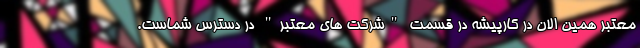
معتبر همین الان در کارپیشه در قسمت "شرکت های معتبر" در دسترس شماست.